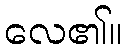
လေ၏။